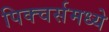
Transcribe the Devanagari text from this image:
पिक्‍चर्समध्ये